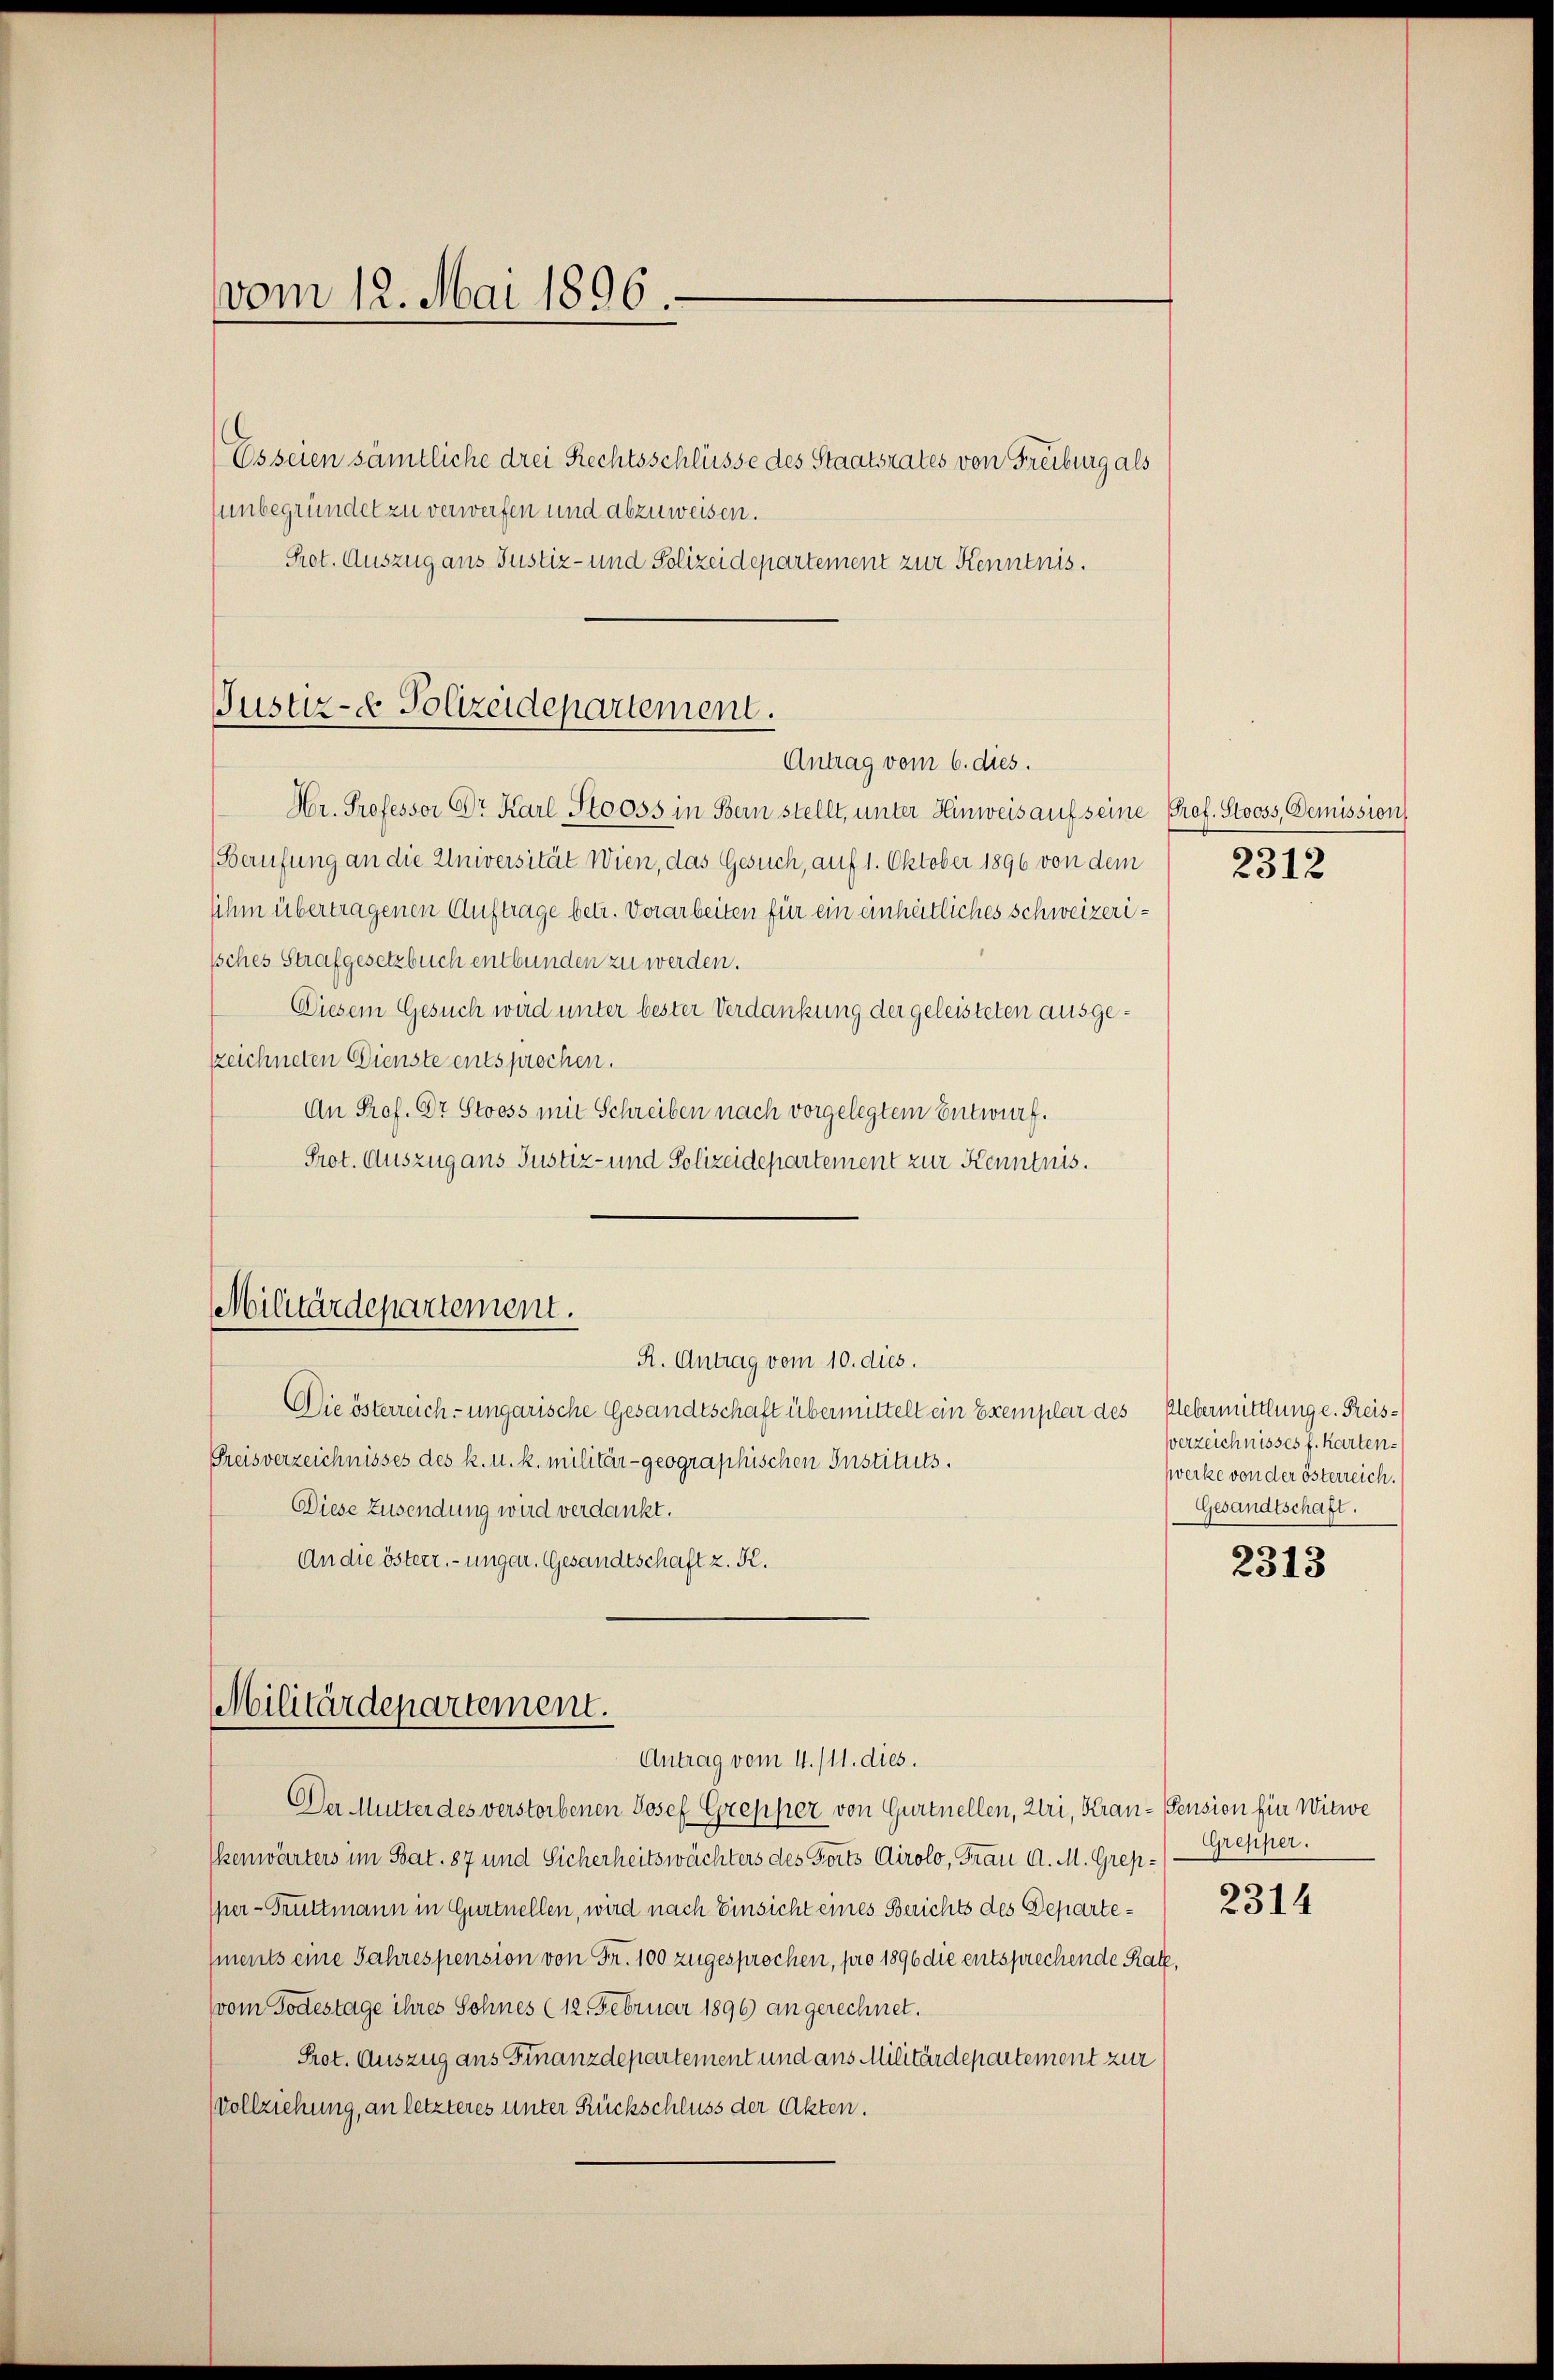
Es seien sämtliche drei Rechtsschlüsse des Staatsrates von Freiburg als
unbegründet zu verwerfen und abzuweisen.
Prot. Auszug aus Justiz- und Polizeidepartement zur Kenntnis.

vom 12. Mai 1896.

Justiz- Polizeidepartement.
Antrag vom 6. dies.

Hr. Professor Dr. Karl Stooss in Bern stellt, unter Hinweis auf seine Prof. Stooss, Demission
(Berufung an die Universität Wien, das Gesuch, auf 1. Oktober 1896 von dem
sihm übertragenen Auftrage betr. Vorarbeiten für ein einheitliches Schweizeri¬
Iches Strafgesetzbuch entbunden zu werden.
Diesem Gesuch wird unter bester Verdankung der geleisteten ausgezeichneten Dienste entsprochen.
An Prof. Dr Stooss mit Schreiben nach vorgelegtem Entwurf.
Prot. Auszug ans Justiz- und Polizeidepartement zur Kenntnis.
Militärdepartement.
R. Antrag vom 10. dies.
Die österreich-ungarische Gesandtschaft übermittelt ein Exemplar des Uebermittlung e. Preis¬
Preisverzeichnisses des k. u. k. militär-geographischen Instituts.
Diese Zusendung wird verdankt.
An die österr.-ungar. Gesandtschaft z. K.

Militärdepartement.
Antrag vom 4./11. dies.

Der Mutter des verstorbenen Josef Grepper von Gurtnellen, Uri, Kran-Pension für Witwe
kenwärters im Bat. 87 und Sicherheitswächters des Forts Airolo, Frau A. M. Grepsper - Truttmann in Gurtnellen, wird nach Einsicht eines Berichts des Departements eine Jahrespension von Fr. 100 zugesprochen, pro 1896 die entsprechende Kalz,
(vom Todestage ihres Sohnes (12. Februar 1896) an gerechnet.
Prot. Auszug aus Finanzdepartement und aus Militärdepartement zur
Vollziehung, an letzteres unter Rückschluss der Akten.

2312

verzeichnisses J. Karten.
werke von der österreich.
Gesandtschaft.

2313

Grepper.

2314